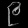
Digit: ၉